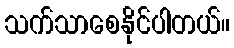
သက်သာစေနိုင်ပါတယ်။